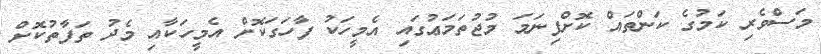
މަސްވެރި ކަމުގެ ކަންތައް ކޮށްފިނަމަ މުޖުތަމަޢުގައި އެމީހަކު ފާހަގަކޮށް އެމީހަކާއި މެދު ތަފާތުކޮށް